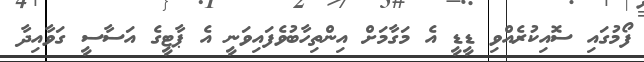
ފޯމުގައި ސޮއިކުރެއްވި ޑީޑީ އެ މަގާމަށް އިންތިހާބުވެފައިވަނީ އެ ޕާޓީގެ އަސާސީ ގަވާއިދާ